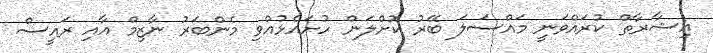
އިޝާރާތް ކުރައްވަނީ މައްސަލަ ބޭރު ކޮށްލަން ހުށައެޅުއްވި މެންބަރު ނާޒިމް އާއި ރައީސް